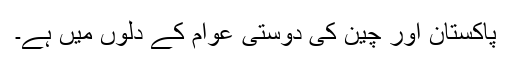
پاکستان اور چین کی دوستی عوام کے دلوں میں ہے۔